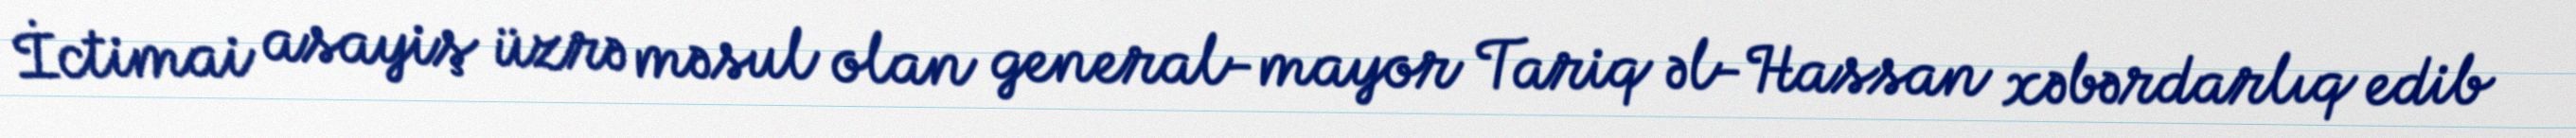
İctimai asayiş üzrə məsul olan general-mayor Tariq əl-Hassan xəbərdarlıq edib